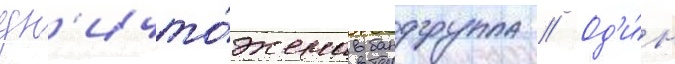
ун'ичто́жена бандгруппа // Од'и́н